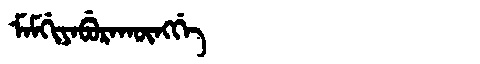
Manchu: ᠮᠠᠮᡤᡳᠶᠠᠪᡠᡵᠠᡴᡡᠩᡤᡝ
Romanization: MAMGIYABURAKŪNGGE